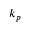
k _ { p }